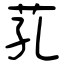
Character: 芤